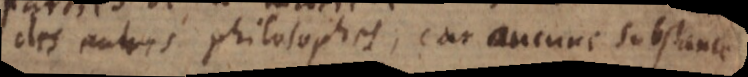
des autres philosophes; car aucune substance